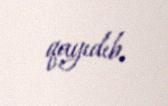
qayıdıb.